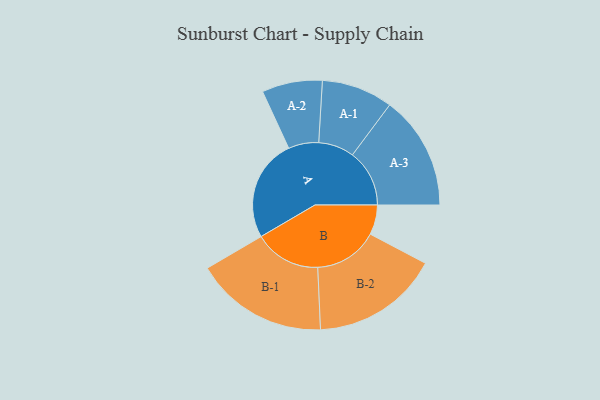
{"axis": {"x": "Segment", "y": "Value"}, "legend": ["", "A", "B"], "data": [{"x": "A", "y": 450, "type": ""}, {"x": "B", "y": 131, "type": ""}, {"x": "A-1", "y": 157, "type": "A"}, {"x": "A-2", "y": 133, "type": "A"}, {"x": "A-3", "y": 251, "type": "A"}, {"x": "B-1", "y": 293, "type": "B"}, {"x": "B-2", "y": 281, "type": "B"}]}